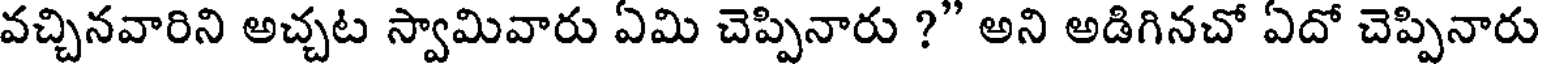
వచ్చినవారిని అచ్చట స్వామివారు ఏమి చెప్పినారు ?" అని అడిగినచో ఏదో చెప్పినారు